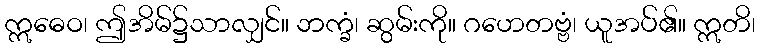
ဣဓေဝ၊ ဤအိမ်၌သာလျှင်။ ဘက္ခံ၊ ဆွမ်းကို။ ဂဟေတဗ္ဗံ၊ ယူအပ်၏။ ဣတိ၊